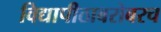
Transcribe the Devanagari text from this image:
विद्यापीठाबरोबरच